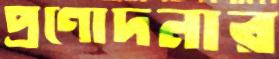
প্রণোদনার